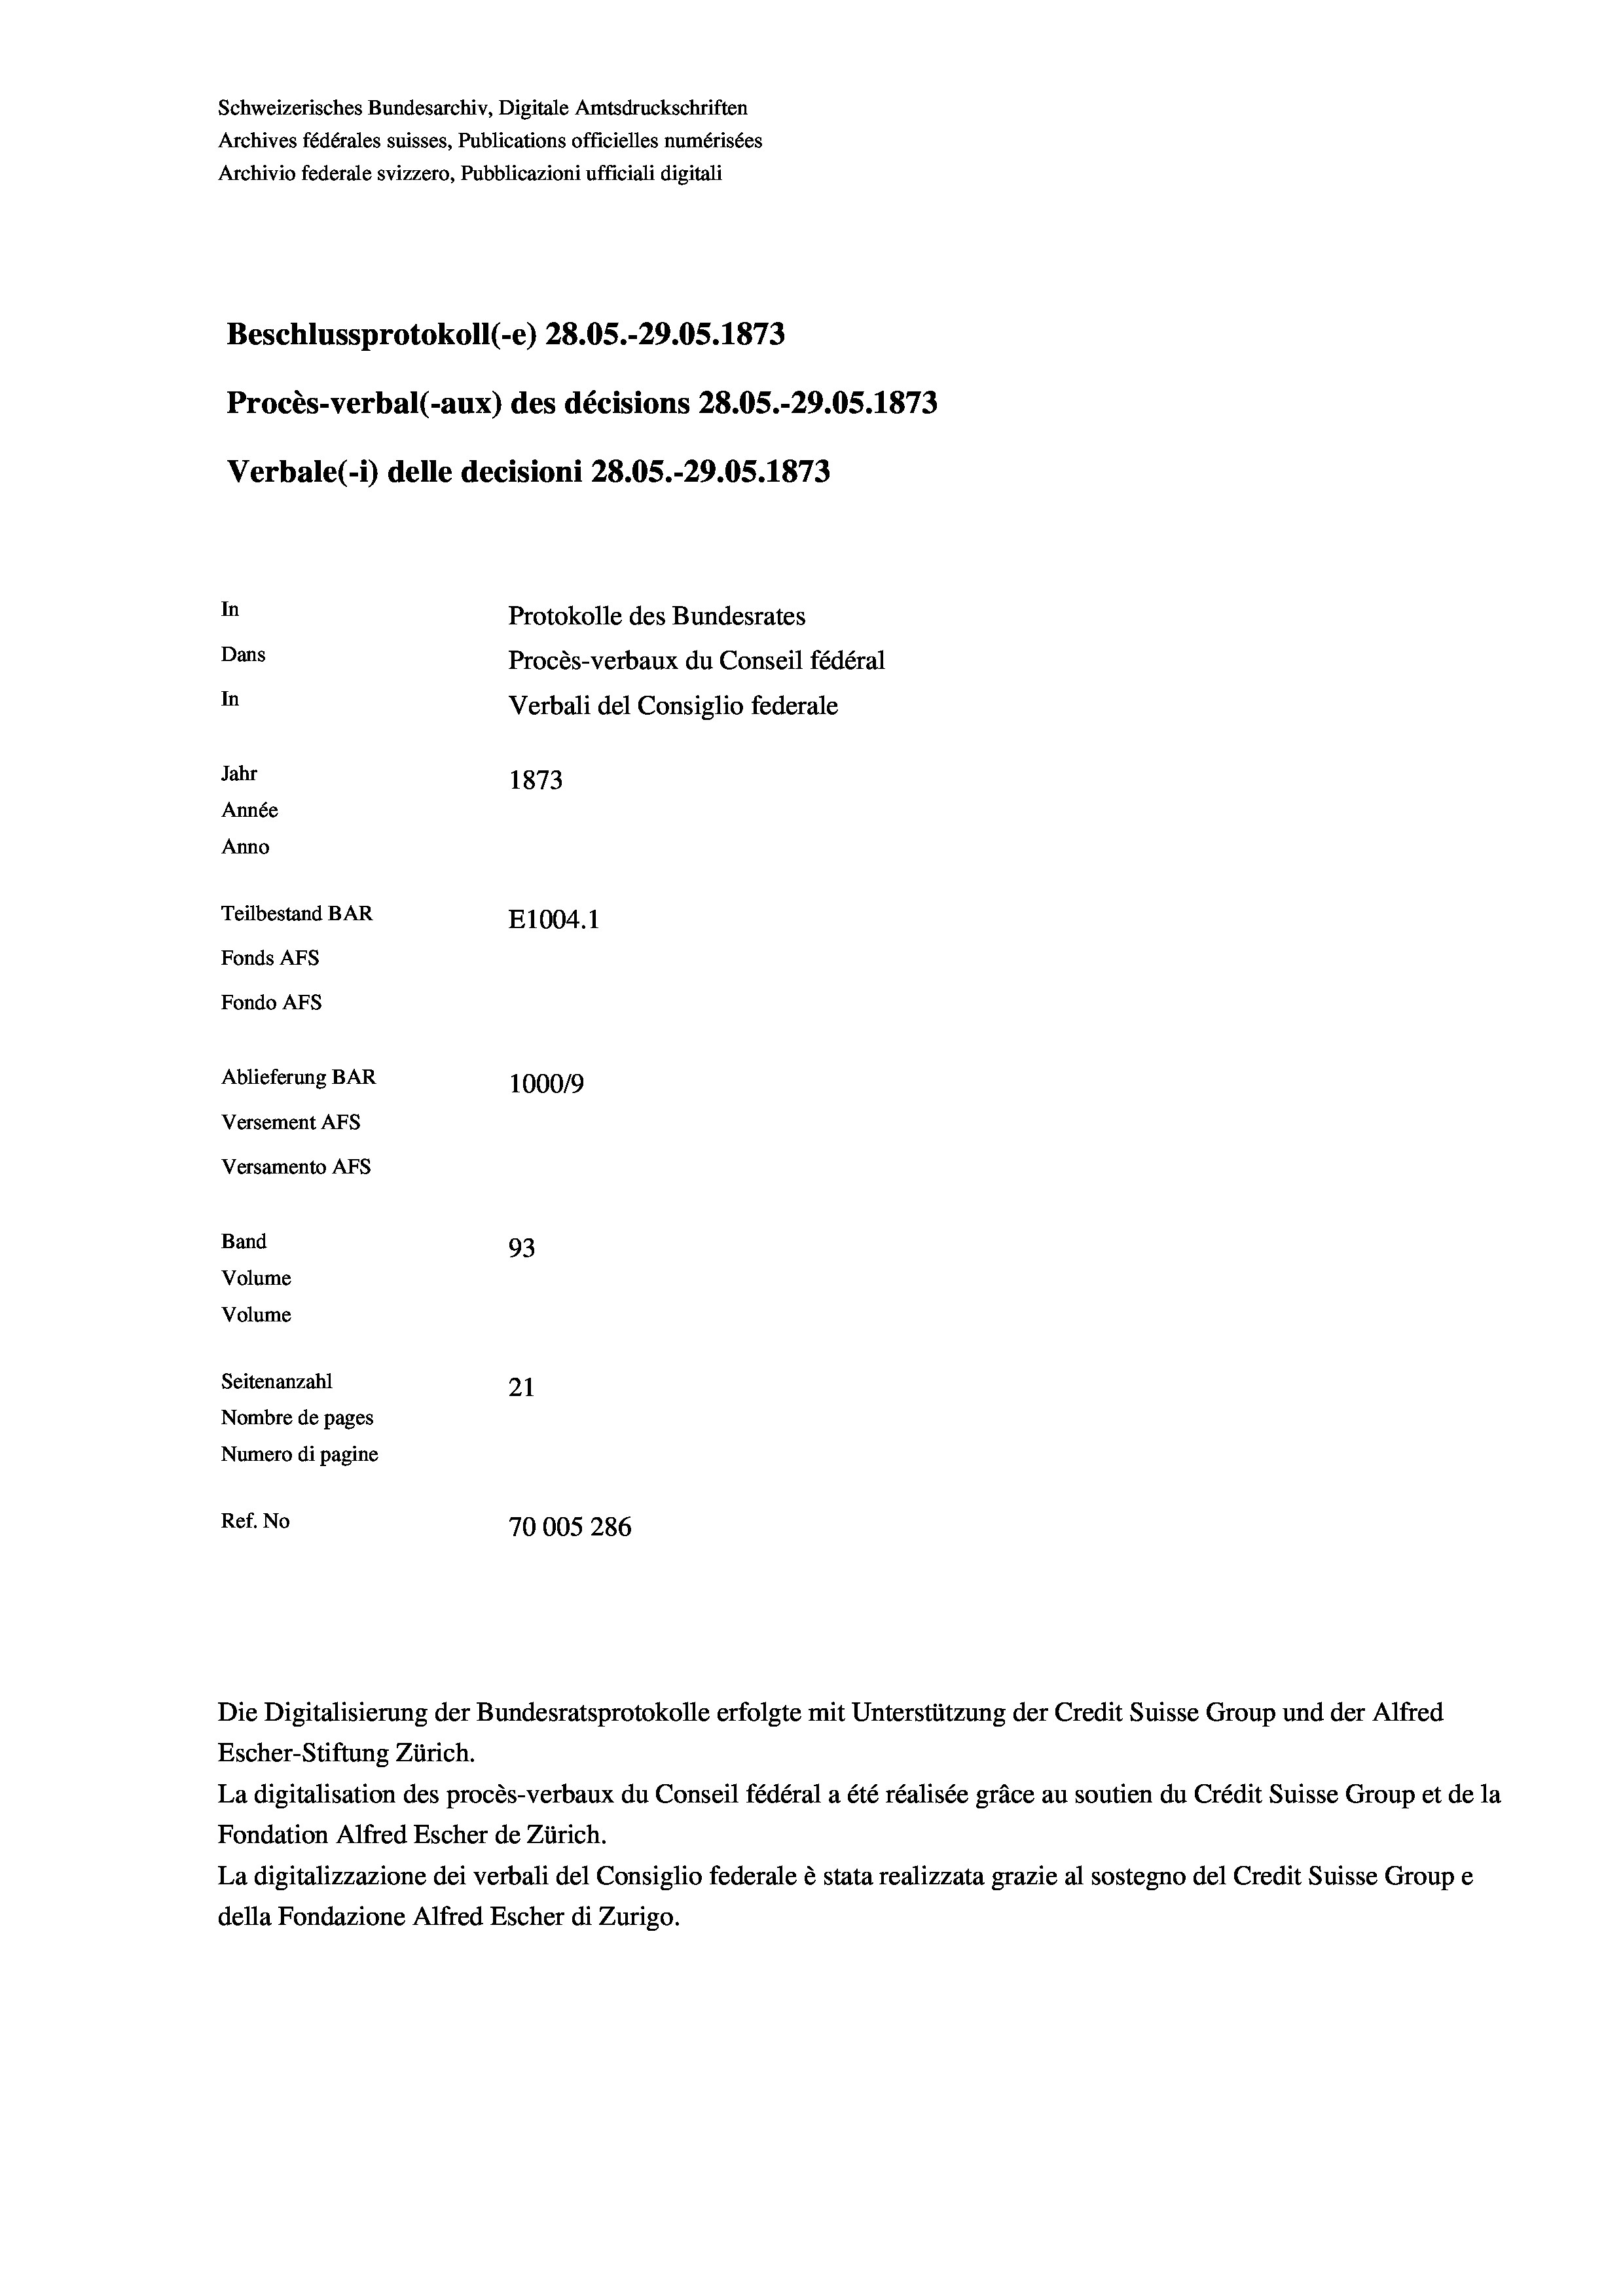
Schweizerisches Bundesarchiv, Digitale Amtsdruckschriften
Archives fédérales suisses, Publications officielles numérisées
Archivio federale svizzero, Pubblicazioni ufficiali digitali
Beschlussprotokoll (-e) 28.05.-29.05. 1873
Procès-verbal (-aux) des décisions 28.05.-29.05. 1873
Verbale (- 1) delle decisioni 28.05.-29.05. 1873
In
Protokolle des Bundesrates
Dans
Procès-verbaux du Conseil fédéral
In
Verbali del Consiglio federale
Jahr
1873
Année
Anno
Teilbestand BAR
E1004.1
Fonds Afs
Fondo AFS
Ablieferung BAR
100019
Versement AFs
Versamento AFs
Band
93
Volume
Volume
Seitenanzahl
21
Nombre de pages
Numero di pagine

Ref. No
70005 286

Escher-Stiftung Zürich.
La digitalisation des procès-verbaux du Conseil fédéral a été réalisée gräce au soutien du Crédit Suisse Group et de la
Fondation Alfred Escher de Zürich.
La digitalizzazione dei verbali del Consiglio federale è stata realizzata grazie al sostegno del Credit Suisse Groupe
della Fondazione Alfred Escher di Zurigo.

Die Digitalisierung der Bundesratsprotokolle erfolgte mit Unterstützung der Credit Suisse Group und der Alfred